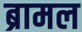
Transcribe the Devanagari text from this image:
ब्रामल